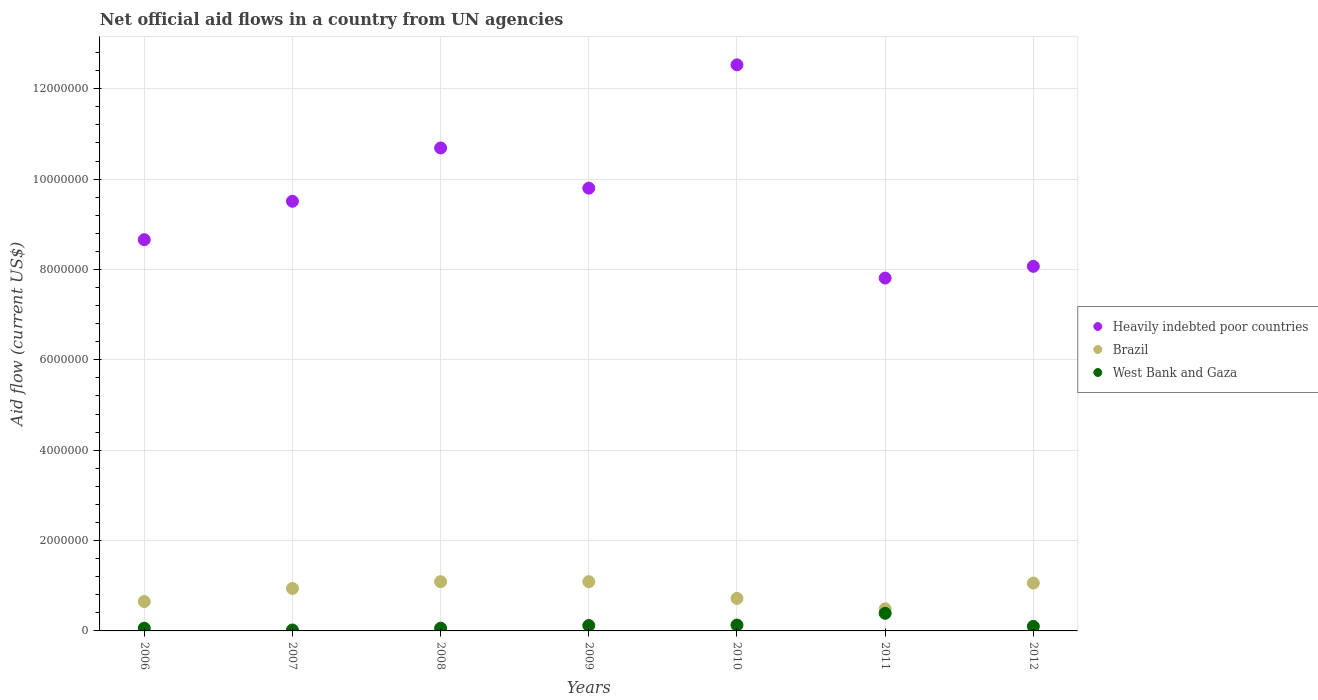
| Years | Heavily indebted poor countries | Brazil | West Bank and Gaza |
 | --- | --- | --- | --- |
 | 2006 | 8.66e+06 | 6.5e+05 | 6e+04 |
 | 2007 | 9.51e+06 | 9.4e+05 | 2e+04 |
 | 2008 | 1.07e+07 | 1.09e+06 | 6e+04 |
 | 2009 | 9.8e+06 | 1.09e+06 | 1.2e+05 |
 | 2010 | 1.25e+07 | 7.2e+05 | 1.3e+05 |
 | 2011 | 7.81e+06 | 4.9e+05 | 3.9e+05 |
 | 2012 | 8.07e+06 | 1.06e+06 | 1e+05 |